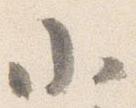
小